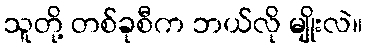
သူတို့ တစ်ခုစီက ဘယ်လို မျိုးလဲ။